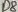
Text: D8